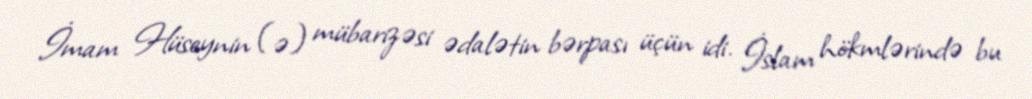
İmam Hüseynin (ə) mübarizəsi ədalətin bərpası üçün idi. İslam hökmlərində bu